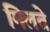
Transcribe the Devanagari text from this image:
मिलते